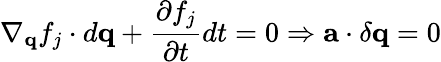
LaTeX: \nabla_{\mathbf{q}}f_{j}\cdot d\mathbf{q}+\frac{\partial f_{j}}{\partial t}dt=0\Rightarrow\mathbf{a}\cdot\delta{\mathbf{q}}=0